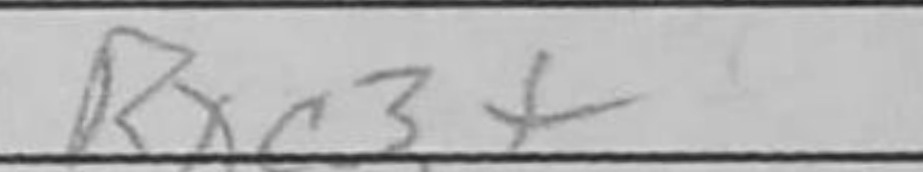
Transcription: Rxc3+